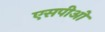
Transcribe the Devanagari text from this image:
एसपीओ